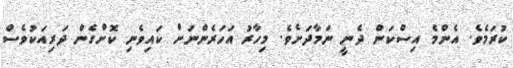
ކުރަމެވެ. އެންމެ އިސްކަން ދެނީ ނަމާދަށެވެ. މިހާރު އަހަރެންނަށް ކައިވެނި ކޮށްގެން ދަރިއަކުވެސް